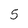
Character: 5